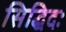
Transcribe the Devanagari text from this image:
सिद्धिदः